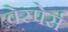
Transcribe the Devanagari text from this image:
वेस्पेर्स